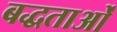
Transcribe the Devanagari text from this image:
बद्धताओं